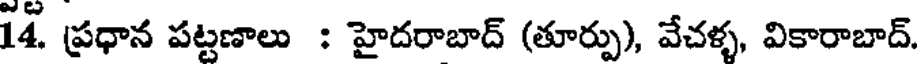
14. ప్రధాన పట్టణాలు : హైదరాబాద్ (తూర్పు), వేచళ్ళ, వికారాబాద్.